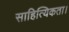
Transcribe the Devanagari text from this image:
साहित्यिकता।